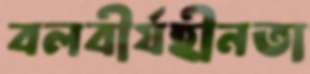
বলবীর্যহীনতা